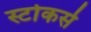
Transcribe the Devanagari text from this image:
स्टोकर्स